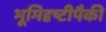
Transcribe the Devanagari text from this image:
भूमिदृष्टीपैकी